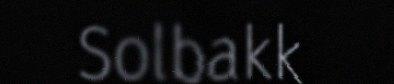
Solbakk